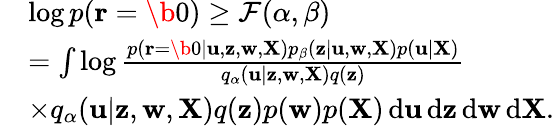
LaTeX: \begin{array}{rl}&{\log p({\mathbf r}=\b 0)\geq{\mathcal{F}}(\alpha,\beta)}\\ &{=\int\log\frac{p({\mathbf r}=\b 0|{\mathbf u},{\mathbf z},{\mathbf w},{\mathbf X})p_{\beta}({\mathbf z}|{\mathbf u},{\mathbf w},{\mathbf X})p({\mathbf u}|{\mathbf X})}{q_{\alpha}({\mathbf u}|{\mathbf z},{\mathbf w},{\mathbf X})q({\mathbf z})}}\\ &{\times q_{\alpha}({\mathbf u}|{\mathbf z},{\mathbf w},{\mathbf X})q({\mathbf z})p({\mathbf w})p({\mathbf X})\, {\mathrm d}{\mathbf u}\, {\mathrm d}{\mathbf z}\, {\mathrm d}{\mathbf w}\, {\mathrm d}{\mathbf X}.}\end{array}